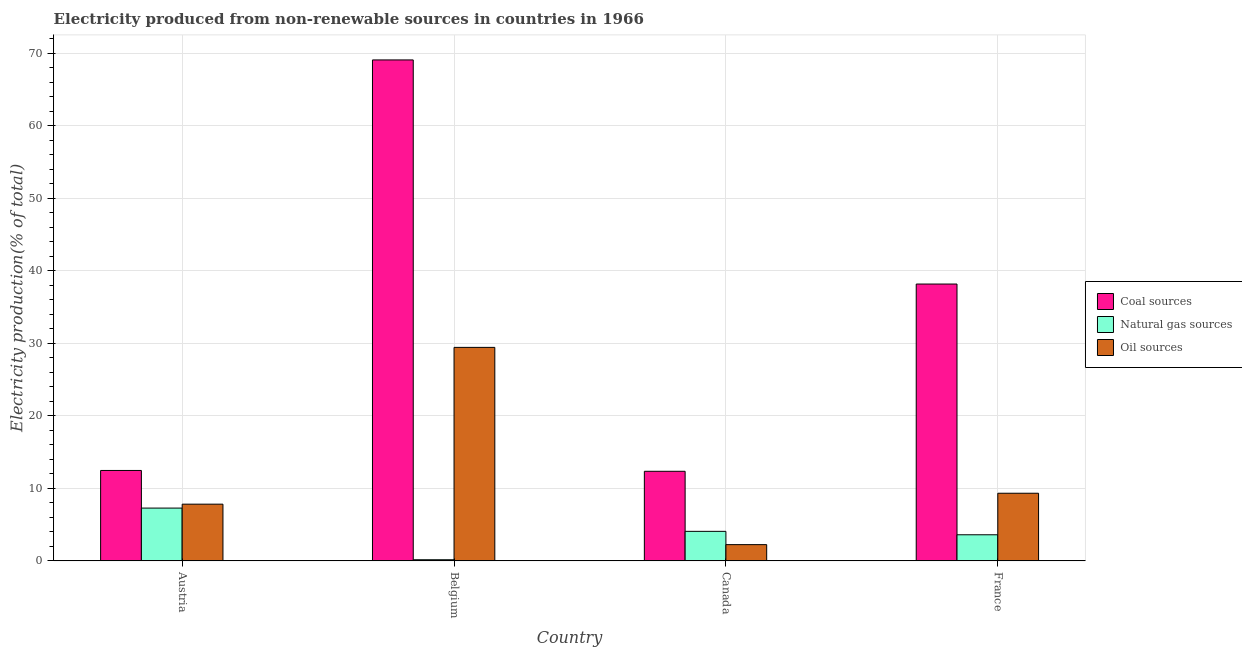
| Country | Coal sources | Natural gas sources | Oil sources |
 | --- | --- | --- | --- |
 | Austria | 12.5 | 7.28 | 7.82 |
 | Belgium | 69.1 | 0.159 | 29.4 |
 | Canada | 12.4 | 4.07 | 2.24 |
 | France | 38.2 | 3.6 | 9.33 |